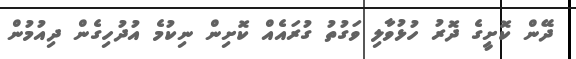
ދޭން ކޮށީގެ ދޮރު ހުޅުވާލި ވަގުތު ގުރައެއް ކޮށިން ނިކުމެ އުދުހިގެން ދިއުމުން